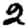
Digit: 2